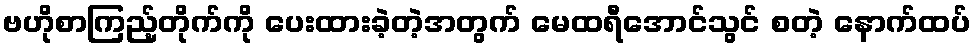
ဗဟိုစာကြည့်တိုက်ကို ပေးထားခဲ့တဲ့အတွက် မေထရီအောင်သွင် စတဲ့ နောက်ထပ်